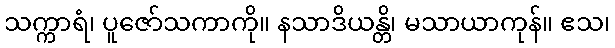
သက္ကာရံ၊ ပူဇော်သကာကို။ နသာဒိယန္တိ၊ မသာယာကုန်။ ဧသ၊